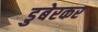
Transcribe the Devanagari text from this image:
डुबेरकर